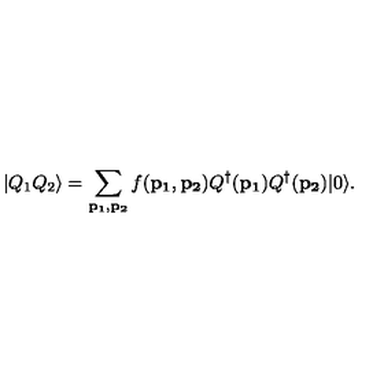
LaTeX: | Q _ { 1 } Q _ { 2 } \rangle = \sum _ { { \bf p _ { 1 } } , { \bf p _ { 2 } } } f ( { \bf p _ { 1 } } , { \bf p _ { 2 } } ) Q ^ { \dagger } ( { \bf p _ { 1 } } ) Q ^ { \dagger } ( { \bf p _ { 2 } } ) | 0 \rangle .